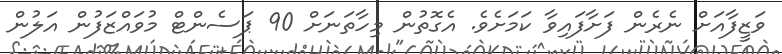
ވަޒީފާއަށް ނެރެން ފަށާފައިވާ ކަމަށެވެ. އެގޮތުން މިހާތަނަށް 90 ޕަސެންޓް މުވައްޒަފުން އަލުން